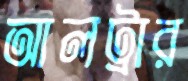
আলট্রার